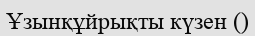
Ұзынқұйрықты күзен ()